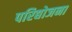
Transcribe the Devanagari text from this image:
परिद्योजना